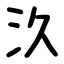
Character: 汣